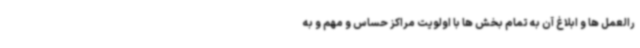
رالعمل ها و ابلاغ آن به تمام بخش ها با اولویت مراکز حساس و مهم و به